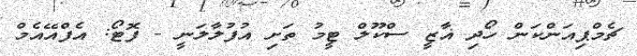
ޗެމްޕިއަންކަން ހޯދި ޣާޒީ ސްކޫލް ޓީމު ތަށި އުފުލާލަނީ - ފޮޓޯ: އެފްއޭއެމް